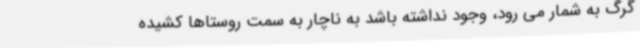
گرگ به شمار می رود، وجود نداشته باشد به ناچار به سمت روستاها کشیده